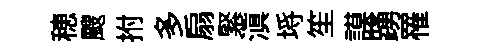
穂颼拊多扇緊滇埓笙謨踴罹